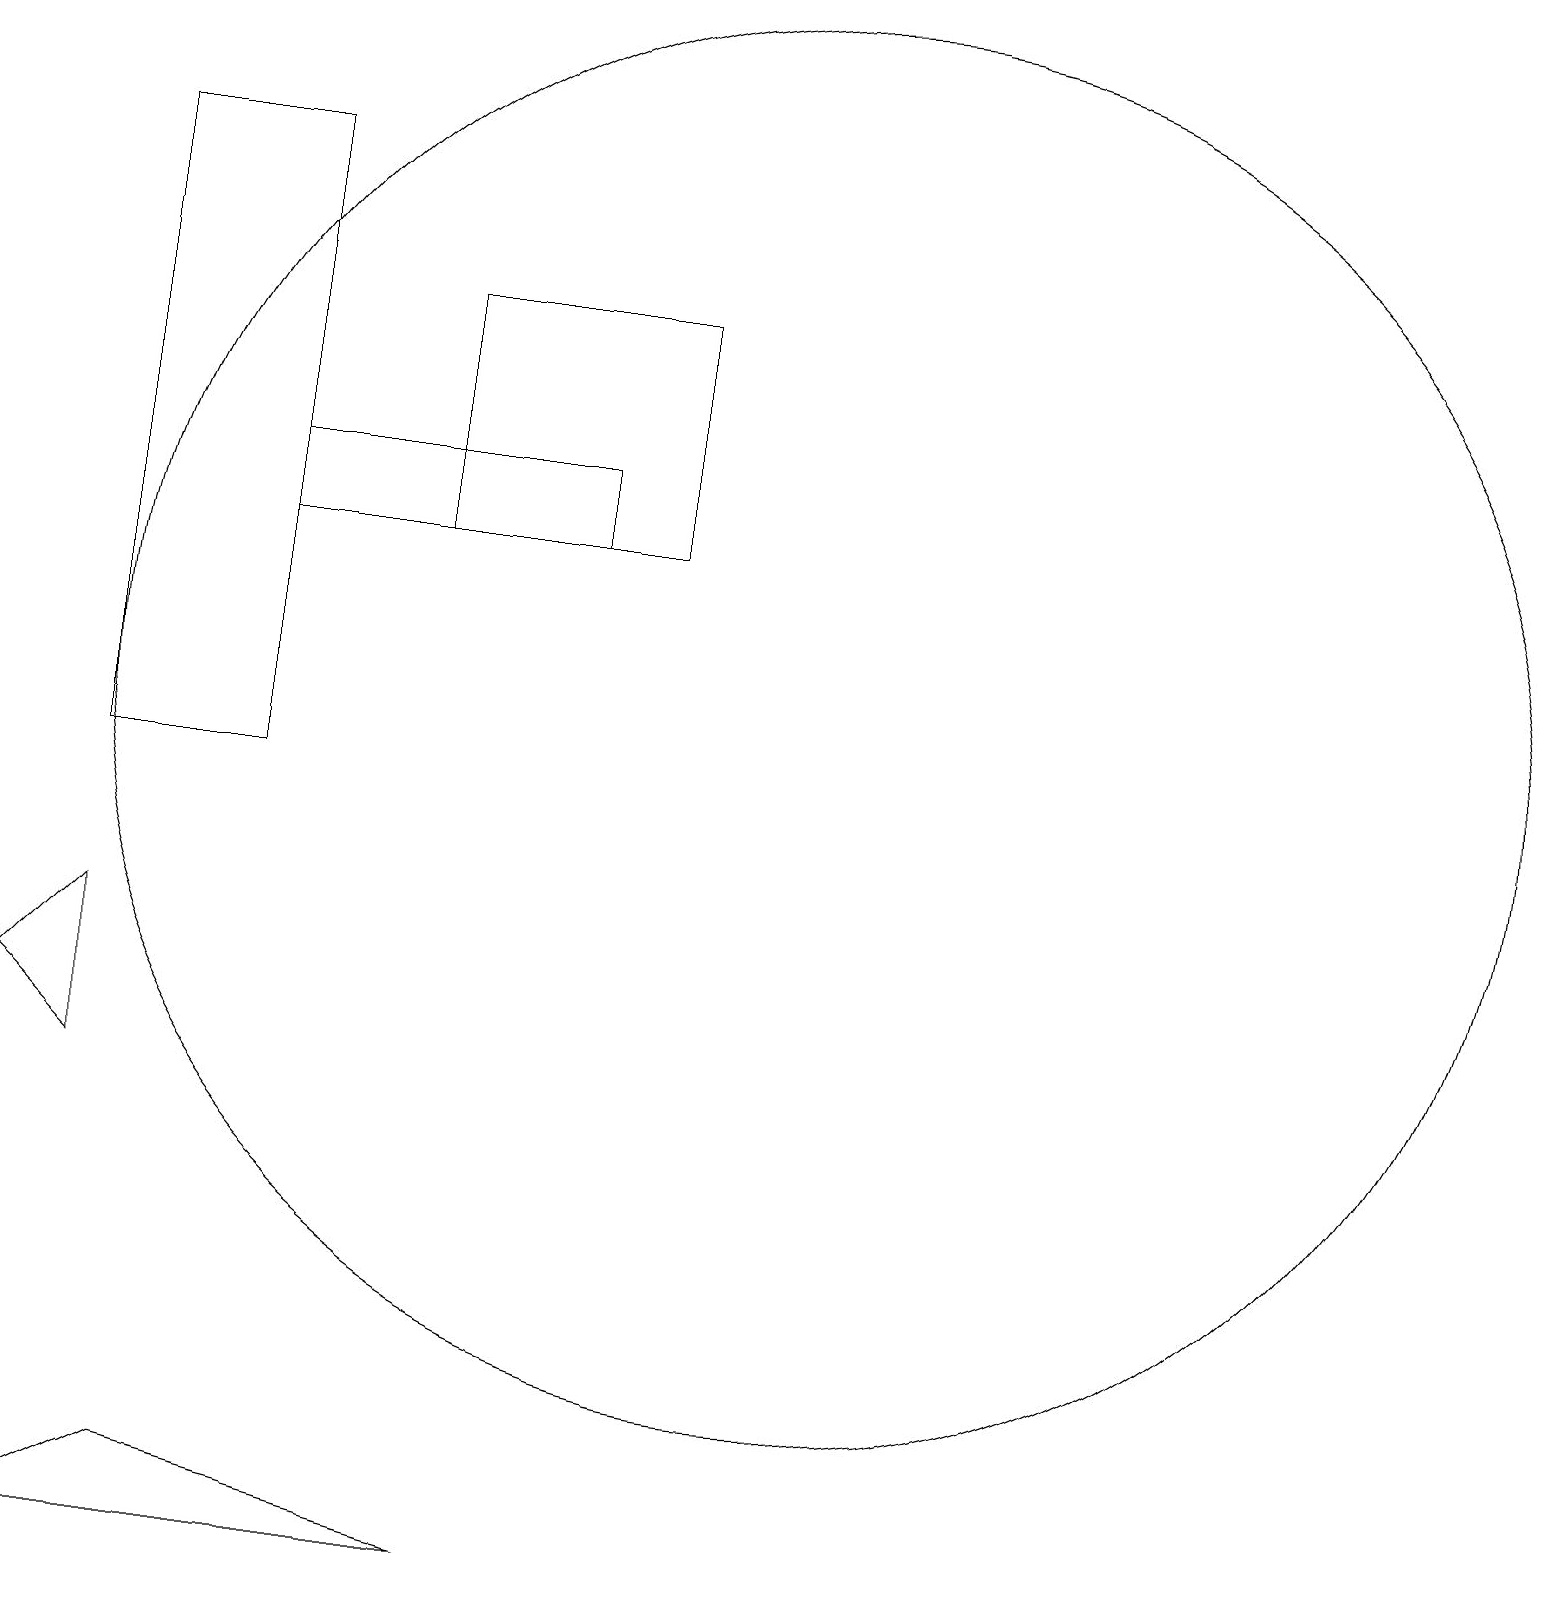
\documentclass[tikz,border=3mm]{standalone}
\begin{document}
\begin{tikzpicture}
\draw (2,8) -- (2,6) -- (1,7) -- cycle;
\draw (4,13) rectangle (8,14);
\draw (9,16) rectangle (6,13);
\draw (7,0) -- (3,1) -- (1,0) -- cycle;
\draw (11,11) circle (9);
\draw (4,10) rectangle (2,18);
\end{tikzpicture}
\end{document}